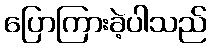
ပြောကြားခဲ့ပါသည်